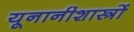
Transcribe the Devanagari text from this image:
यूनानीशास्त्रों